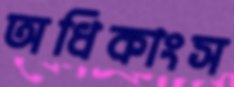
অধিকাংস